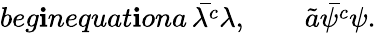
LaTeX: beg\mathbf{i}n{equat\mathbf{i}on}a\, \bar{{\lambda^{c}}}\lambda,\qquad\tilde{{a}}\bar{{\psi^{c}}}\psi.